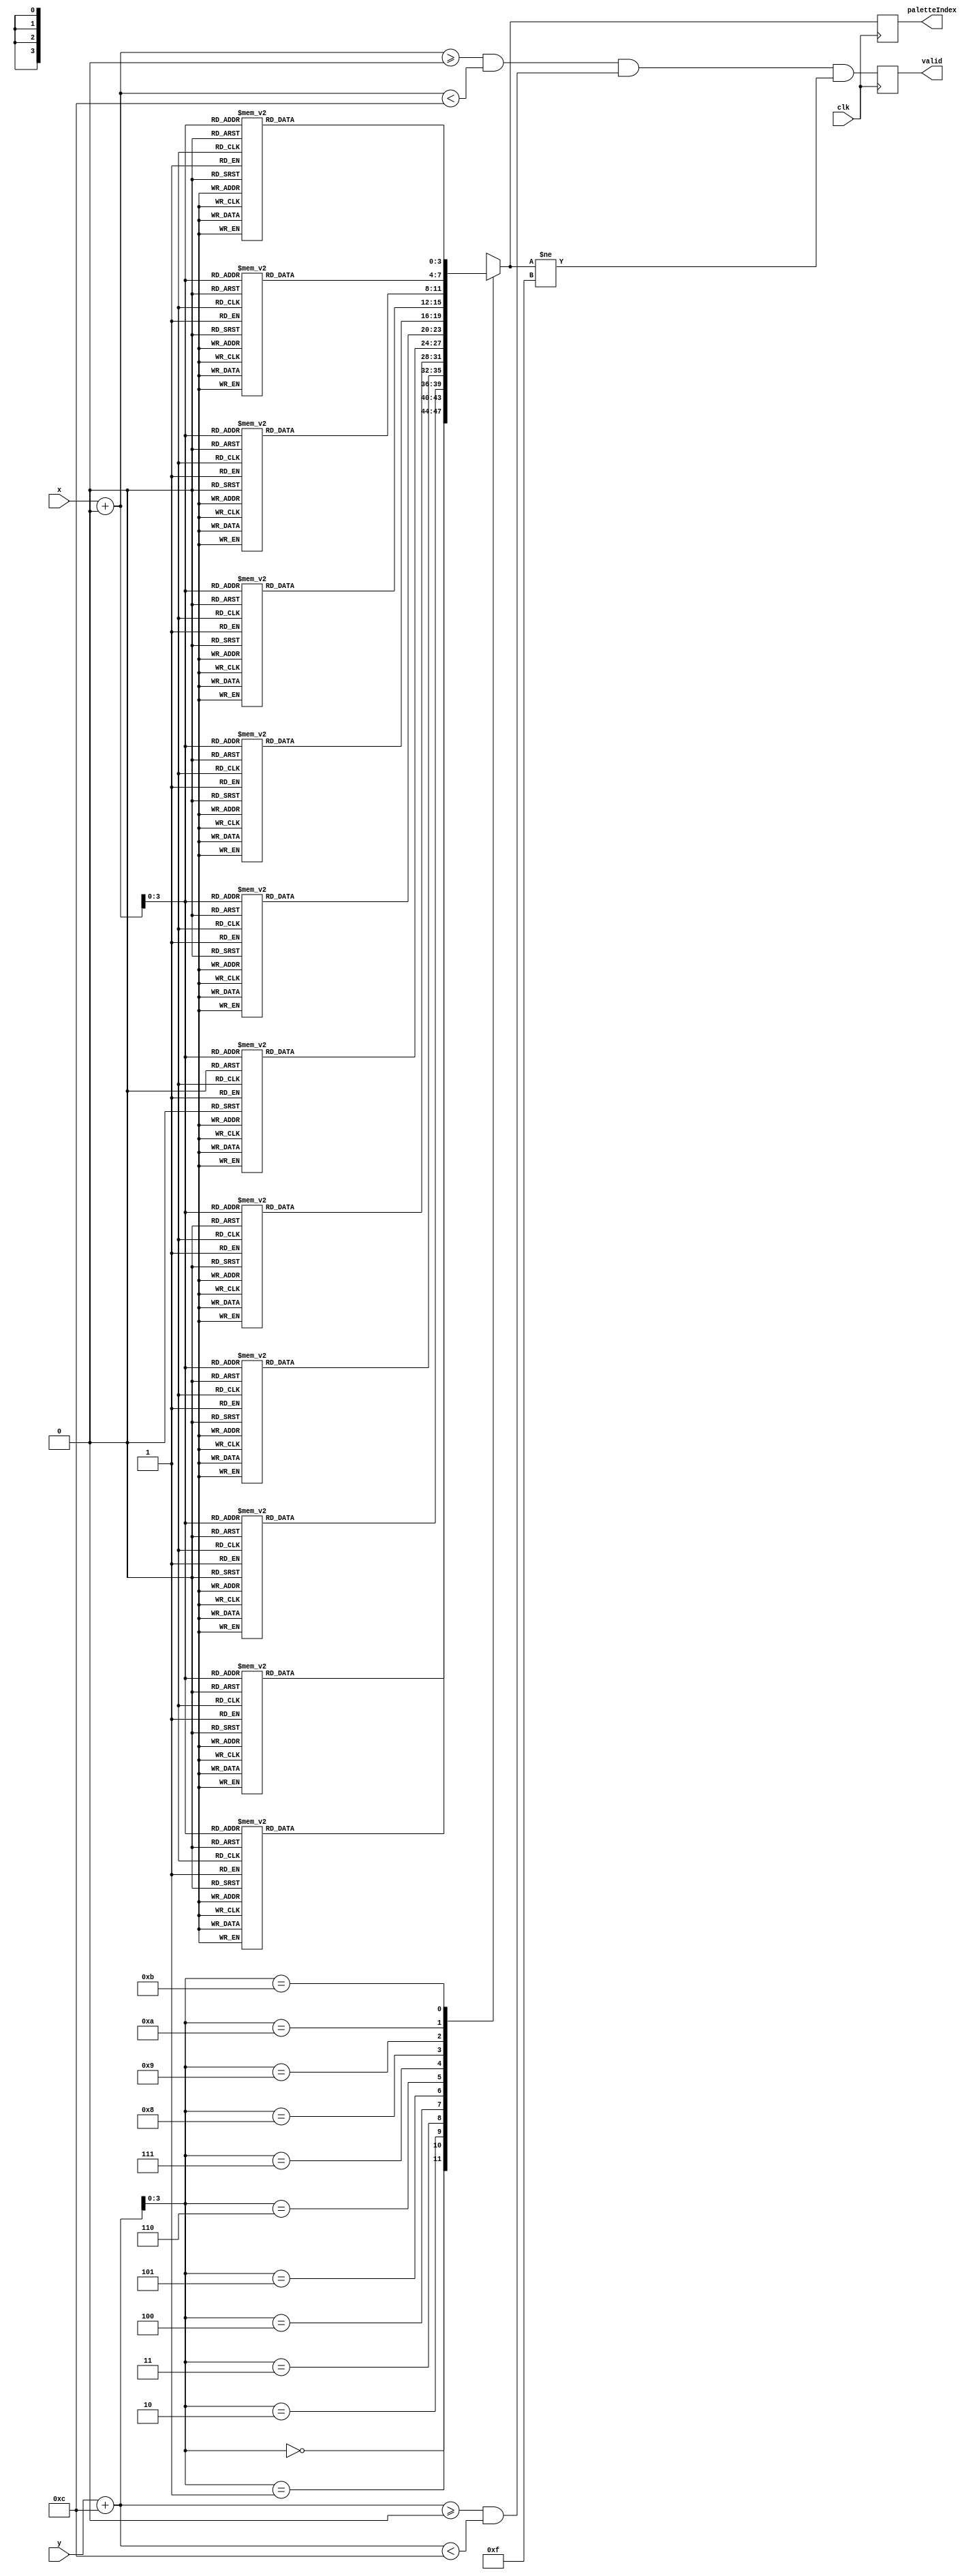
`timescale 1ns / 1ps
//////////////////////////////////////////////////////////////////////////
// generated with james's gen_sprite.py with arguments:
//     module_name: red_piece
//
//     image_file: sprites/red_piece.png
//     palette_file: palette.txt
//     canvas_width: 160
//     canvas_height: 120
//     x_offset: 0
//     y_offset: -12
//     x_tile: 1
//     y_tile: 1
//
//     inferred x bit length: 10
//     inferred y bit length: 10
//     inferred palette bit length: 4
//////////////////////////////////////////////////////////////////////////

module red_piece(clk, x, y, paletteIndex, valid);
    input wire clk;
    input wire[9:0] x;
    input wire[9:0] y;
    output reg[3:0] paletteIndex;
    output reg valid;

    reg [9:0] xOffset;
    reg [9:0] yOffset;
    reg [3:0] xSprite;
    reg [3:0] ySprite;
    reg inBounds;

    always @(posedge clk) begin
        xOffset = (x+0);
        yOffset = (y+12);
        xSprite = xOffset[3:0];
        ySprite = yOffset[3:0];
        inBounds = (xOffset >= 0 && xOffset < 12) && (yOffset >= 0 && yOffset < 12);

        case(ySprite)
            
            4'd0: begin
               case(xSprite)
                    
                    4'd0: begin
                        paletteIndex = 4'd15;
                    end
                    
                    4'd1: begin
                        paletteIndex = 4'd15;
                    end
                    
                    4'd2: begin
                        paletteIndex = 4'd15;
                    end
                    
                    4'd3: begin
                        paletteIndex = 4'd15;
                    end
                    
                    4'd4: begin
                        paletteIndex = 4'd13;
                    end
                    
                    4'd5: begin
                        paletteIndex = 4'd14;
                    end
                    
                    4'd6: begin
                        paletteIndex = 4'd13;
                    end
                    
                    4'd7: begin
                        paletteIndex = 4'd14;
                    end
                    
                    4'd8: begin
                        paletteIndex = 4'd15;
                    end
                    
                    4'd9: begin
                        paletteIndex = 4'd15;
                    end
                    
                    4'd10: begin
                        paletteIndex = 4'd15;
                    end
                    
                    4'd11: begin
                        paletteIndex = 4'd15;
                    end
                    

                    default: begin
                        paletteIndex = 4'bXXXX;
                    end
                endcase 
            end
            
            4'd1: begin
               case(xSprite)
                    
                    4'd0: begin
                        paletteIndex = 4'd15;
                    end
                    
                    4'd1: begin
                        paletteIndex = 4'd15;
                    end
                    
                    4'd2: begin
                        paletteIndex = 4'd13;
                    end
                    
                    4'd3: begin
                        paletteIndex = 4'd14;
                    end
                    
                    4'd4: begin
                        paletteIndex = 4'd13;
                    end
                    
                    4'd5: begin
                        paletteIndex = 4'd13;
                    end
                    
                    4'd6: begin
                        paletteIndex = 4'd13;
                    end
                    
                    4'd7: begin
                        paletteIndex = 4'd13;
                    end
                    
                    4'd8: begin
                        paletteIndex = 4'd13;
                    end
                    
                    4'd9: begin
                        paletteIndex = 4'd14;
                    end
                    
                    4'd10: begin
                        paletteIndex = 4'd15;
                    end
                    
                    4'd11: begin
                        paletteIndex = 4'd15;
                    end
                    

                    default: begin
                        paletteIndex = 4'bXXXX;
                    end
                endcase 
            end
            
            4'd2: begin
               case(xSprite)
                    
                    4'd0: begin
                        paletteIndex = 4'd15;
                    end
                    
                    4'd1: begin
                        paletteIndex = 4'd14;
                    end
                    
                    4'd2: begin
                        paletteIndex = 4'd13;
                    end
                    
                    4'd3: begin
                        paletteIndex = 4'd13;
                    end
                    
                    4'd4: begin
                        paletteIndex = 4'd13;
                    end
                    
                    4'd5: begin
                        paletteIndex = 4'd13;
                    end
                    
                    4'd6: begin
                        paletteIndex = 4'd13;
                    end
                    
                    4'd7: begin
                        paletteIndex = 4'd13;
                    end
                    
                    4'd8: begin
                        paletteIndex = 4'd13;
                    end
                    
                    4'd9: begin
                        paletteIndex = 4'd13;
                    end
                    
                    4'd10: begin
                        paletteIndex = 4'd13;
                    end
                    
                    4'd11: begin
                        paletteIndex = 4'd15;
                    end
                    

                    default: begin
                        paletteIndex = 4'bXXXX;
                    end
                endcase 
            end
            
            4'd3: begin
               case(xSprite)
                    
                    4'd0: begin
                        paletteIndex = 4'd15;
                    end
                    
                    4'd1: begin
                        paletteIndex = 4'd13;
                    end
                    
                    4'd2: begin
                        paletteIndex = 4'd13;
                    end
                    
                    4'd3: begin
                        paletteIndex = 4'd13;
                    end
                    
                    4'd4: begin
                        paletteIndex = 4'd13;
                    end
                    
                    4'd5: begin
                        paletteIndex = 4'd13;
                    end
                    
                    4'd6: begin
                        paletteIndex = 4'd13;
                    end
                    
                    4'd7: begin
                        paletteIndex = 4'd13;
                    end
                    
                    4'd8: begin
                        paletteIndex = 4'd13;
                    end
                    
                    4'd9: begin
                        paletteIndex = 4'd13;
                    end
                    
                    4'd10: begin
                        paletteIndex = 4'd14;
                    end
                    
                    4'd11: begin
                        paletteIndex = 4'd15;
                    end
                    

                    default: begin
                        paletteIndex = 4'bXXXX;
                    end
                endcase 
            end
            
            4'd4: begin
               case(xSprite)
                    
                    4'd0: begin
                        paletteIndex = 4'd14;
                    end
                    
                    4'd1: begin
                        paletteIndex = 4'd13;
                    end
                    
                    4'd2: begin
                        paletteIndex = 4'd13;
                    end
                    
                    4'd3: begin
                        paletteIndex = 4'd13;
                    end
                    
                    4'd4: begin
                        paletteIndex = 4'd13;
                    end
                    
                    4'd5: begin
                        paletteIndex = 4'd13;
                    end
                    
                    4'd6: begin
                        paletteIndex = 4'd13;
                    end
                    
                    4'd7: begin
                        paletteIndex = 4'd13;
                    end
                    
                    4'd8: begin
                        paletteIndex = 4'd13;
                    end
                    
                    4'd9: begin
                        paletteIndex = 4'd13;
                    end
                    
                    4'd10: begin
                        paletteIndex = 4'd13;
                    end
                    
                    4'd11: begin
                        paletteIndex = 4'd13;
                    end
                    

                    default: begin
                        paletteIndex = 4'bXXXX;
                    end
                endcase 
            end
            
            4'd5: begin
               case(xSprite)
                    
                    4'd0: begin
                        paletteIndex = 4'd13;
                    end
                    
                    4'd1: begin
                        paletteIndex = 4'd13;
                    end
                    
                    4'd2: begin
                        paletteIndex = 4'd13;
                    end
                    
                    4'd3: begin
                        paletteIndex = 4'd13;
                    end
                    
                    4'd4: begin
                        paletteIndex = 4'd13;
                    end
                    
                    4'd5: begin
                        paletteIndex = 4'd13;
                    end
                    
                    4'd6: begin
                        paletteIndex = 4'd13;
                    end
                    
                    4'd7: begin
                        paletteIndex = 4'd13;
                    end
                    
                    4'd8: begin
                        paletteIndex = 4'd13;
                    end
                    
                    4'd9: begin
                        paletteIndex = 4'd13;
                    end
                    
                    4'd10: begin
                        paletteIndex = 4'd13;
                    end
                    
                    4'd11: begin
                        paletteIndex = 4'd14;
                    end
                    

                    default: begin
                        paletteIndex = 4'bXXXX;
                    end
                endcase 
            end
            
            4'd6: begin
               case(xSprite)
                    
                    4'd0: begin
                        paletteIndex = 4'd14;
                    end
                    
                    4'd1: begin
                        paletteIndex = 4'd13;
                    end
                    
                    4'd2: begin
                        paletteIndex = 4'd13;
                    end
                    
                    4'd3: begin
                        paletteIndex = 4'd13;
                    end
                    
                    4'd4: begin
                        paletteIndex = 4'd13;
                    end
                    
                    4'd5: begin
                        paletteIndex = 4'd13;
                    end
                    
                    4'd6: begin
                        paletteIndex = 4'd13;
                    end
                    
                    4'd7: begin
                        paletteIndex = 4'd13;
                    end
                    
                    4'd8: begin
                        paletteIndex = 4'd13;
                    end
                    
                    4'd9: begin
                        paletteIndex = 4'd13;
                    end
                    
                    4'd10: begin
                        paletteIndex = 4'd13;
                    end
                    
                    4'd11: begin
                        paletteIndex = 4'd13;
                    end
                    

                    default: begin
                        paletteIndex = 4'bXXXX;
                    end
                endcase 
            end
            
            4'd7: begin
               case(xSprite)
                    
                    4'd0: begin
                        paletteIndex = 4'd13;
                    end
                    
                    4'd1: begin
                        paletteIndex = 4'd13;
                    end
                    
                    4'd2: begin
                        paletteIndex = 4'd13;
                    end
                    
                    4'd3: begin
                        paletteIndex = 4'd13;
                    end
                    
                    4'd4: begin
                        paletteIndex = 4'd13;
                    end
                    
                    4'd5: begin
                        paletteIndex = 4'd13;
                    end
                    
                    4'd6: begin
                        paletteIndex = 4'd13;
                    end
                    
                    4'd7: begin
                        paletteIndex = 4'd13;
                    end
                    
                    4'd8: begin
                        paletteIndex = 4'd13;
                    end
                    
                    4'd9: begin
                        paletteIndex = 4'd13;
                    end
                    
                    4'd10: begin
                        paletteIndex = 4'd13;
                    end
                    
                    4'd11: begin
                        paletteIndex = 4'd14;
                    end
                    

                    default: begin
                        paletteIndex = 4'bXXXX;
                    end
                endcase 
            end
            
            4'd8: begin
               case(xSprite)
                    
                    4'd0: begin
                        paletteIndex = 4'd15;
                    end
                    
                    4'd1: begin
                        paletteIndex = 4'd14;
                    end
                    
                    4'd2: begin
                        paletteIndex = 4'd13;
                    end
                    
                    4'd3: begin
                        paletteIndex = 4'd13;
                    end
                    
                    4'd4: begin
                        paletteIndex = 4'd13;
                    end
                    
                    4'd5: begin
                        paletteIndex = 4'd13;
                    end
                    
                    4'd6: begin
                        paletteIndex = 4'd13;
                    end
                    
                    4'd7: begin
                        paletteIndex = 4'd13;
                    end
                    
                    4'd8: begin
                        paletteIndex = 4'd13;
                    end
                    
                    4'd9: begin
                        paletteIndex = 4'd13;
                    end
                    
                    4'd10: begin
                        paletteIndex = 4'd13;
                    end
                    
                    4'd11: begin
                        paletteIndex = 4'd15;
                    end
                    

                    default: begin
                        paletteIndex = 4'bXXXX;
                    end
                endcase 
            end
            
            4'd9: begin
               case(xSprite)
                    
                    4'd0: begin
                        paletteIndex = 4'd15;
                    end
                    
                    4'd1: begin
                        paletteIndex = 4'd13;
                    end
                    
                    4'd2: begin
                        paletteIndex = 4'd13;
                    end
                    
                    4'd3: begin
                        paletteIndex = 4'd13;
                    end
                    
                    4'd4: begin
                        paletteIndex = 4'd13;
                    end
                    
                    4'd5: begin
                        paletteIndex = 4'd13;
                    end
                    
                    4'd6: begin
                        paletteIndex = 4'd13;
                    end
                    
                    4'd7: begin
                        paletteIndex = 4'd13;
                    end
                    
                    4'd8: begin
                        paletteIndex = 4'd13;
                    end
                    
                    4'd9: begin
                        paletteIndex = 4'd13;
                    end
                    
                    4'd10: begin
                        paletteIndex = 4'd14;
                    end
                    
                    4'd11: begin
                        paletteIndex = 4'd15;
                    end
                    

                    default: begin
                        paletteIndex = 4'bXXXX;
                    end
                endcase 
            end
            
            4'd10: begin
               case(xSprite)
                    
                    4'd0: begin
                        paletteIndex = 4'd15;
                    end
                    
                    4'd1: begin
                        paletteIndex = 4'd15;
                    end
                    
                    4'd2: begin
                        paletteIndex = 4'd14;
                    end
                    
                    4'd3: begin
                        paletteIndex = 4'd13;
                    end
                    
                    4'd4: begin
                        paletteIndex = 4'd13;
                    end
                    
                    4'd5: begin
                        paletteIndex = 4'd13;
                    end
                    
                    4'd6: begin
                        paletteIndex = 4'd13;
                    end
                    
                    4'd7: begin
                        paletteIndex = 4'd13;
                    end
                    
                    4'd8: begin
                        paletteIndex = 4'd14;
                    end
                    
                    4'd9: begin
                        paletteIndex = 4'd13;
                    end
                    
                    4'd10: begin
                        paletteIndex = 4'd15;
                    end
                    
                    4'd11: begin
                        paletteIndex = 4'd15;
                    end
                    

                    default: begin
                        paletteIndex = 4'bXXXX;
                    end
                endcase 
            end
            
            4'd11: begin
               case(xSprite)
                    
                    4'd0: begin
                        paletteIndex = 4'd15;
                    end
                    
                    4'd1: begin
                        paletteIndex = 4'd15;
                    end
                    
                    4'd2: begin
                        paletteIndex = 4'd15;
                    end
                    
                    4'd3: begin
                        paletteIndex = 4'd15;
                    end
                    
                    4'd4: begin
                        paletteIndex = 4'd14;
                    end
                    
                    4'd5: begin
                        paletteIndex = 4'd13;
                    end
                    
                    4'd6: begin
                        paletteIndex = 4'd14;
                    end
                    
                    4'd7: begin
                        paletteIndex = 4'd13;
                    end
                    
                    4'd8: begin
                        paletteIndex = 4'd15;
                    end
                    
                    4'd9: begin
                        paletteIndex = 4'd15;
                    end
                    
                    4'd10: begin
                        paletteIndex = 4'd15;
                    end
                    
                    4'd11: begin
                        paletteIndex = 4'd15;
                    end
                    

                    default: begin
                        paletteIndex = 4'bXXXX;
                    end
                endcase 
            end
            

            default: begin
                paletteIndex = 4'bXXXX;
            end
        endcase

        valid = inBounds && (paletteIndex != 4'd15);
    end


endmodule